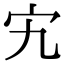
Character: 宄